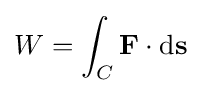
W=\int _{C}\mathbf {F} \cdot \mathrm {d} \mathbf {s}